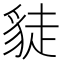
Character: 𧼌